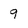
Character: 9